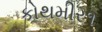
કોથમીર૧